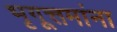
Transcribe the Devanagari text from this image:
भृगूत्तमांना